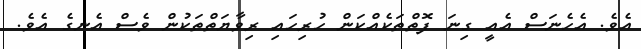
އެވެ. އެހެނަސް އެއީ ގިނަ ފޮތްތަކެއްކަން ހުރިހައި ރިވާޔަތްތަކުން ވެސް އެނގެ އެވެ.